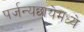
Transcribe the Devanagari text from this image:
पर्जन्यछायेमध्ये